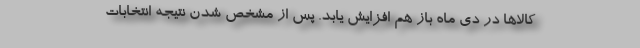
كالاها در دي ماه باز هم افزايش يابد. پس از مشخص شدن نتيجه انتخابات